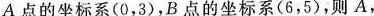
A点的坐标系(0，3)，B点的坐标系(6，5)，则A，